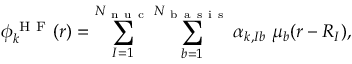
\phi _ { k } ^ { \mathrm { ~ H ~ F ~ } } ( { \boldsymbol { r } } ) = \sum _ { I = 1 } ^ { { N _ { \mathrm { ~ n ~ u ~ c ~ } } } } \sum _ { b = 1 } ^ { N _ { \mathrm { ~ b ~ a ~ s ~ i ~ s ~ } } } \alpha _ { k , I b } \; \mu _ { b } ( { \boldsymbol { r } } - { \boldsymbol { R } } _ { I } ) ,